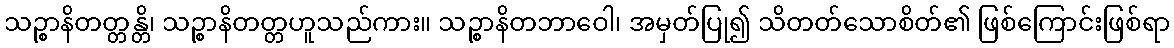
သဉ္စာနိတတ္တန္တိ၊ သဉ္စာနိတတ္တဟူသည်ကား။ သဉ္စာနိတဘာဝေါ၊ အမှတ်ပြု၍ သိတတ်သောစိတ်၏ ဖြစ်ကြောင်းဖြစ်ရာ